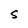
Character: S